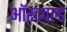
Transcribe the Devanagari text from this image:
ऑस्टवल्ड